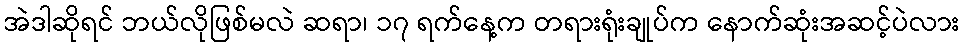
အဲဒါဆိုရင် ဘယ်လိုဖြစ်မလဲ ဆရာ၊ ၁၇ ရက်နေ့က တရားရုံးချုပ်က နောက်ဆုံးအဆင့်ပဲလား